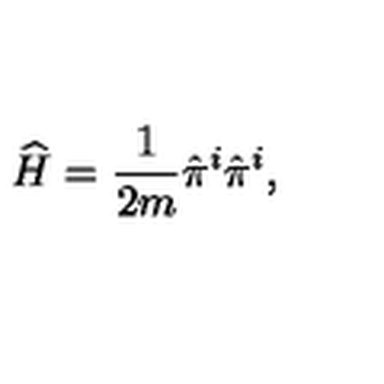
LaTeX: \widehat { H } = \frac { 1 } { 2 m } \hat { \pi } ^ { i } \hat { \pi } ^ { i } ,